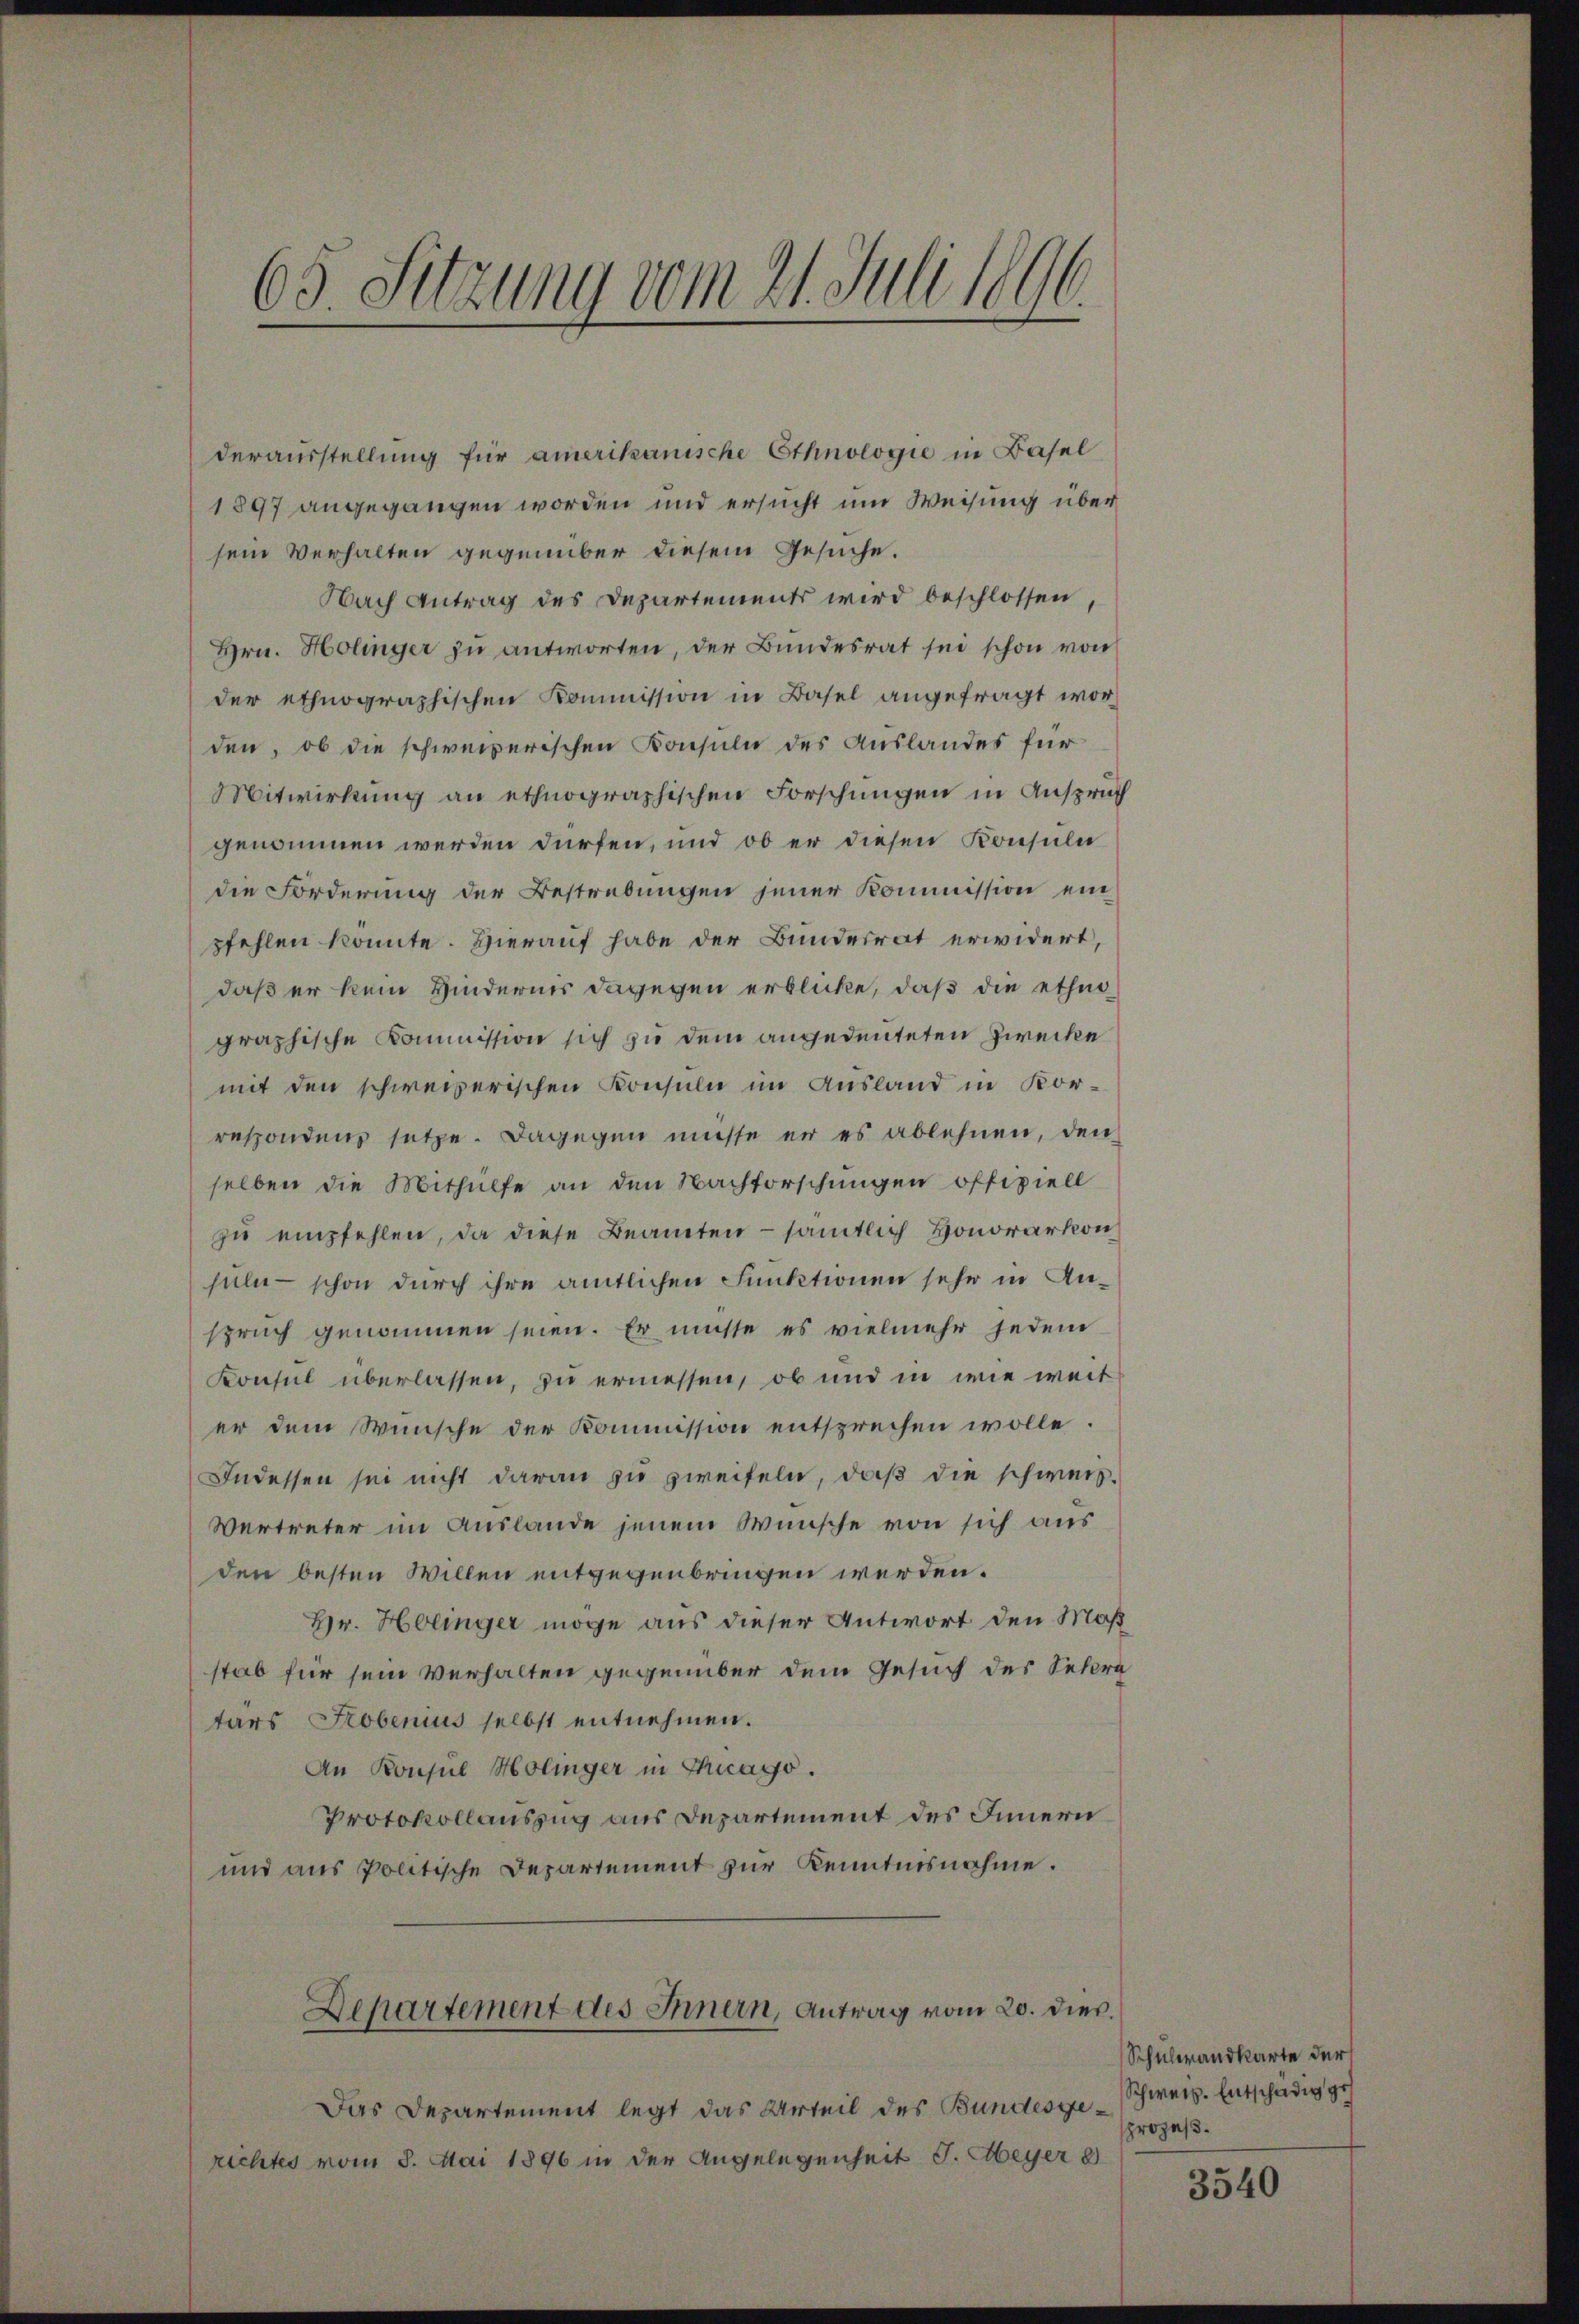
65. Sitzung vom 21. Juli 1896.

derausstellung für amerikanische Ethnologie in Basel
1897 angegangen worden und ersucht um Weisung über
sein Verhalten gegenüber diesem Gesuche.
Nach Antrag des Departements wird beschlossen,
Hrn. Holinger zu antworten, der Bundesrat sei schon von
der ethnographischen Kommission in Basel angefragt worden, ob die schweizerischen Konsuln des Auslandes für
Mitwirkung an ethnographischen Forschungen in Anspruch
genommen werden dürfen, und ob er diesen Konsule
die Forderung der Bestrebungen jener Kommission einpfehlen könnte. Hierauf habe der Bundesrat erwidert,
daß er kein Hindernis dagegen erblicke, daß die ethno
graphische Kommission sich zu dem angedeuteten Zwecke
mit den schweizerischen Konsuln im Ausland in Korrespondenz setze. Dagegen müsse er es ablehnen, den
selben die Mithülfe an den Nachforschungen offiziell
zŭ empfehlen, da diese Beamten - sämtlich Honorarkon
suln - schon durch ihre amtlichen Funktionen sehr in Anspruch genommen seien. Er müsse es vielmehr jedem
Konsul überlassen, zu ermessen, ob und in wie weit
er dem Wunsche der Kommission entsprechen wolle.
Indessen sei nicht daran zu zweifeln, daß die schweis-
Vertreter im Auslande jenem Wunsche von sich aus
den besten Willen entgegenbringen werden.
Hr. Holinger möge aus dieser Antwort den Maß
stab für sein Verhalten gegenüber dem Gesuch des Sekra
tars Probenius selbst entnehmen.
An Konsul Holinger in Thuago.
Protokollauszug aus Departement des Innern
und aus Politische Departement zur Kenntnisnahme.
Departement des Innern, Antrag vom 20. dies
Das Departement legt das Urteil des Bundesgerichtes vom 3. Mai 1896 in der Angelegenheit J. Meyer 8

Schülerandkarte der
Schweiz. Entschädig ges
prozeß.

3540